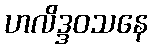
ဟလိဒ္ဒဝသနေ